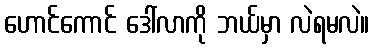
ဟောင်ကောင် ဒေါ်လာကို ဘယ်မှာ လဲရမလဲ။